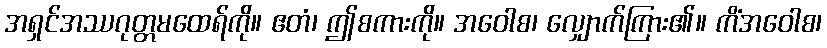
အရှင်အဿဂုတ္တမထေရ်ကို။ ဧတံ၊ ဤစကားကို။ အဝေါစ၊ လျှောက်ကြား၏။ ကိံအဝေါစ၊